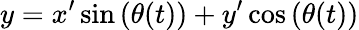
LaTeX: y=x^{\prime}\sin\left(\theta(t)\right)+y^{\prime}\cos\left(\theta(t)\right)